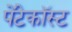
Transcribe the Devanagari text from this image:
पेंटेकॉस्ट